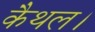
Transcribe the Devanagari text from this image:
कैथल।